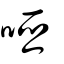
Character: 啞